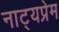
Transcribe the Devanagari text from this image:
नाट्यप्रेम